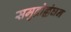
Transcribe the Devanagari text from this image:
समुद्रोल्लंघन